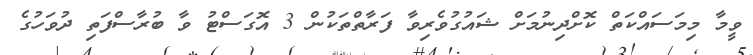
ވީމާ މިމަސައްކަތް ކޮށްދިނުމަށް ޝައުގުވެރިވާ ފަރާތްތަކުން 3 އޮގަސްޓު ވާ ބުރާސްފަތި ދުވަހުގެ